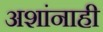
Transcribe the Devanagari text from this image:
अशांनाही